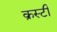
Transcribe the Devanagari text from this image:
क्रस्टी